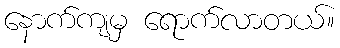
နောက်ကျမှ ရောက်လာတယ်။